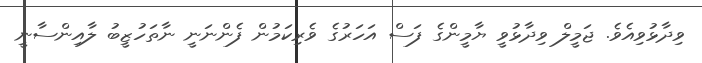
ވިދާޅުވިއެވެ. ޖަމީލް ވިދާޅުވީ ޔާމީންގެ ފަސް އަހަރުގެ ވެރިކަމުން ފެންނަނީ ނާތަހުޒީބު ލާއިންސާނީ